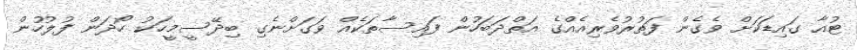
ޓުއާ ގައިޑަކަށް ވެގެން ފަތުރުވެރިއެއްގެ އަތްދަބަހުން ފައިސާތަކެއް ވަގަށްނެގި ބިދޭސީމީހަކު ހޯދަން ފުލުހުން